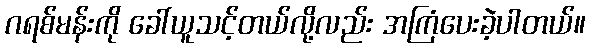
ဂရစ်မန်းကို ခေါ်ယူသင့်တယ်လို့လည်း အကြံပေးခဲ့ပါတယ်။